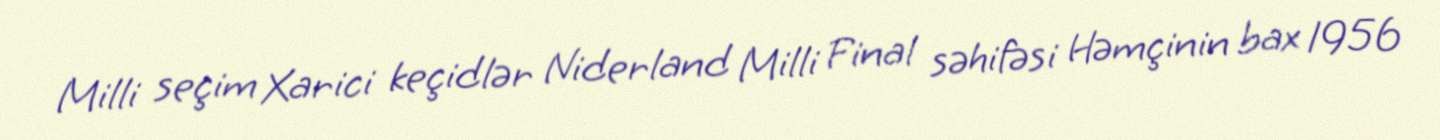
Milli seçim Xarici keçidlər Niderland Milli Final səhifəsi Həmçinin bax 1956